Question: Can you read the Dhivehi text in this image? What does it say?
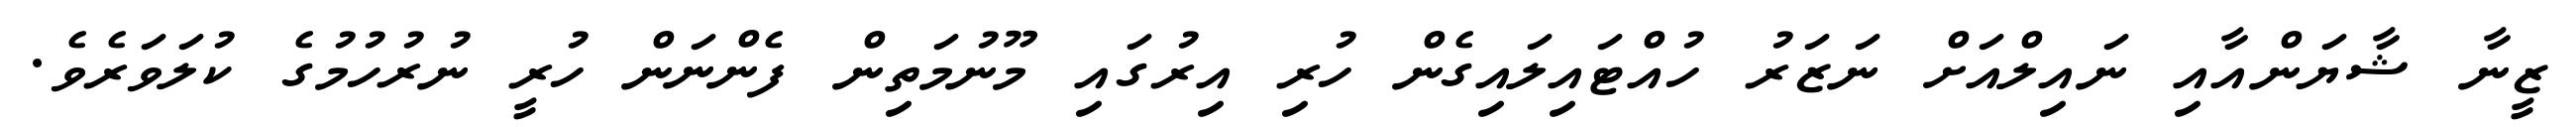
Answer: ޒީނާ ޝާޔަންއާއި ނައިލްއަށް ނަޒަރު ހުއްޓައިލައިގެން ހުރި އިރުގައި މޫނުމަތިން ފެންނަން ހުރީ ނުރުހުމުގެ ކުލަވަރެވެ.